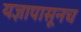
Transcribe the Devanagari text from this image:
यज्ञापासूनच